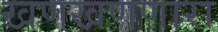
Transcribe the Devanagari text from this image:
खणखणणारा